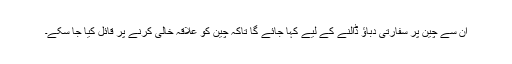
ان سے چین پر سفارتی دباؤ ڈالنے کے لیے کہا جائے گا تاکہ چین کو علاقہ خالی کرنے پر قائل کیا جا سکے۔